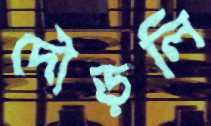
দৌড়লি